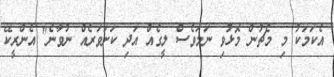
އެކަމަކު މި މެޗުން މޮޅުވި ނަމަވެސް ލީގެއް އަދި ކަށަވަރެއް ނުވާނެ" އެންރީކޭ